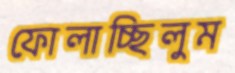
ফোলাচ্ছিলুম